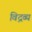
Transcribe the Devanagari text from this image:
विद्रव्य